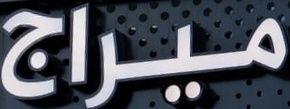
ميراج